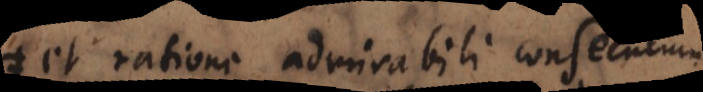
et ratione admirabili consecutum